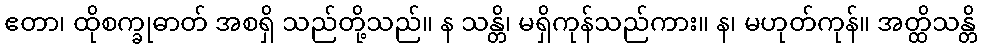
ဧတာ၊ ထိုစက္ခုဓာတ် အစရှိ သည်တို့သည်။ န သန္တိ၊ မရှိကုန်သည်ကား။ န၊ မဟုတ်ကုန်။ အတ္ထိသန္တိ